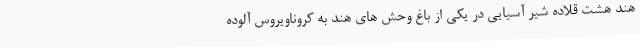
هند هشت قلاده شیر آسیایی در یکی از باغ وحش های هند به کروناویروس آلوده